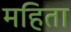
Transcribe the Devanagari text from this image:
महिता